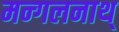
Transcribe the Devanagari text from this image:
मन्गलनाथ्